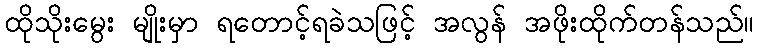
ထိုသိုးမွေး မျိုးမှာ ရတောင့်ရခဲသဖြင့် အလွန် အဖိုးထိုက်တန်သည်။